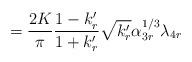
LaTeX: \begin{align*}=\frac{2K}{\pi}\frac{1-k'_r}{1+k'_r}\sqrt{k'_r}\alpha_{3r}^{1/3}\lambda_{4r}\end{align*}